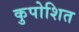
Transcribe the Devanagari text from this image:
कुपोशित